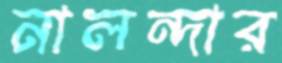
নালন্দার